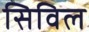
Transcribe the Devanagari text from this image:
सिविल